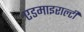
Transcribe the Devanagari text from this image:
एडमाइराल्टी